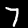
Digit: 7